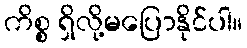
ကိစ္စ ရှိလို့မပြောနိုင်ပါ။